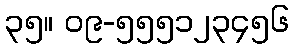
၃၅။ ၀၉-၅၅၅၁၂၃၄၅၆